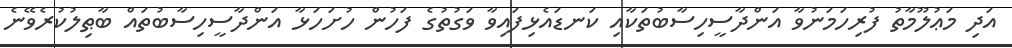
އަދި މަޢުލޫމާތު ފުރިހަމަނުވާ އަންދާސީހިސާބުތަކާއި ކަނޑައެޅިފައިވާ ވަގުތުގެ ފަހުން ހުށަހަޅާ އަންދާސީހިސާބުތައް ބާޠިލުކުރެވޭނެ